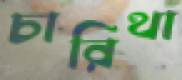
চারিথা